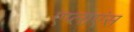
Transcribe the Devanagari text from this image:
एप्लाएंस